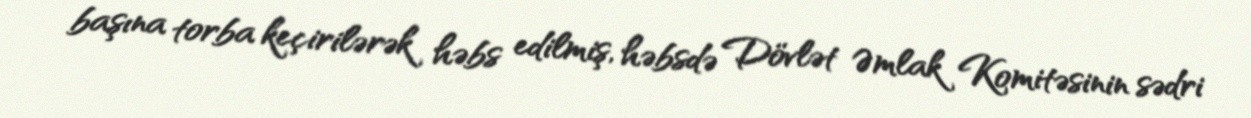
başına torba keçirilərək həbs edilmiş, həbsdə Dövlət Əmlak Komitəsinin sədri